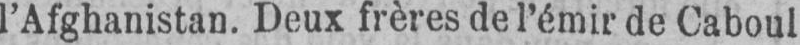
l’Afghanistan. Deux frères de l’émir de Caboul